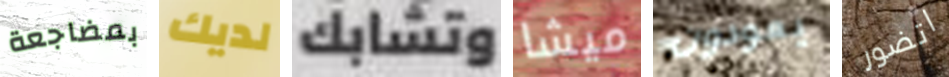
بمضاجعة لديك وتشابك ميشا يعودون اتضور